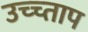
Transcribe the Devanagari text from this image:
उच्च्ताप